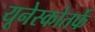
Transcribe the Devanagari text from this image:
यूनेस्कोतर्फे